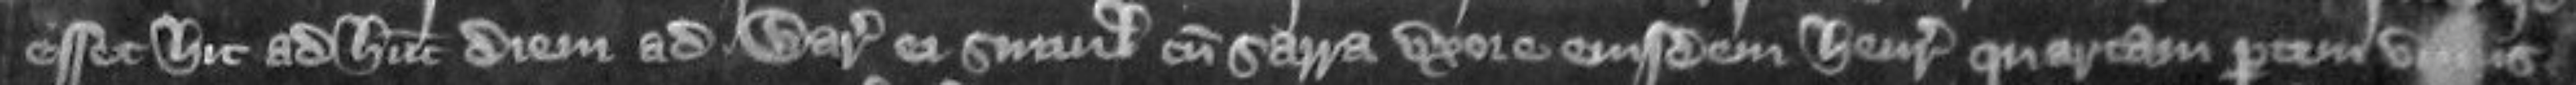
esset hic ad hunc diem ad warrantizandum ei simul cum Sarra uxore ejusdem Henrici quartam partam unius